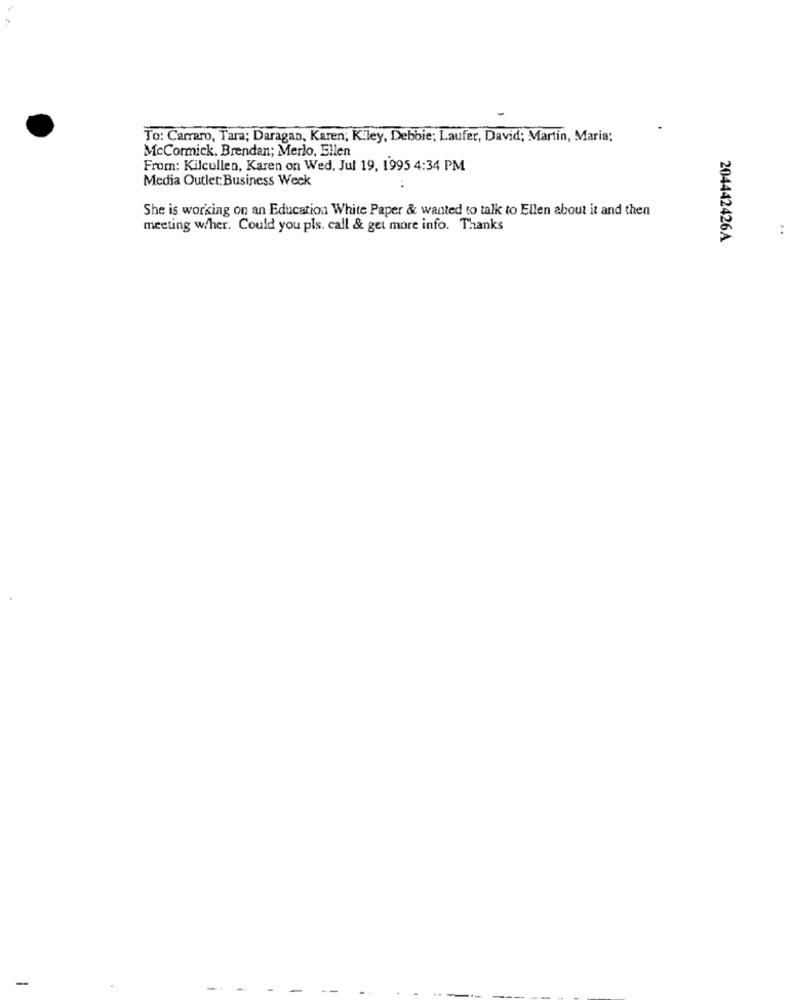
To: Carraro, Tara; Daragan, Karen; K'ley, Debbie; Laufer, David; Martin, Maria;
McCormick, Brendan; Merlo, Ellen
From: Kilcullen, Karen on Wed, Jul 19, 1995 4:34 PM
Media Outlet: Business Week
She is working on an Education White Paper & wanted to talk to Ellen about it and then
meeting w/her. Could you pls. call & get more info. Thanks
..
204442426A
--